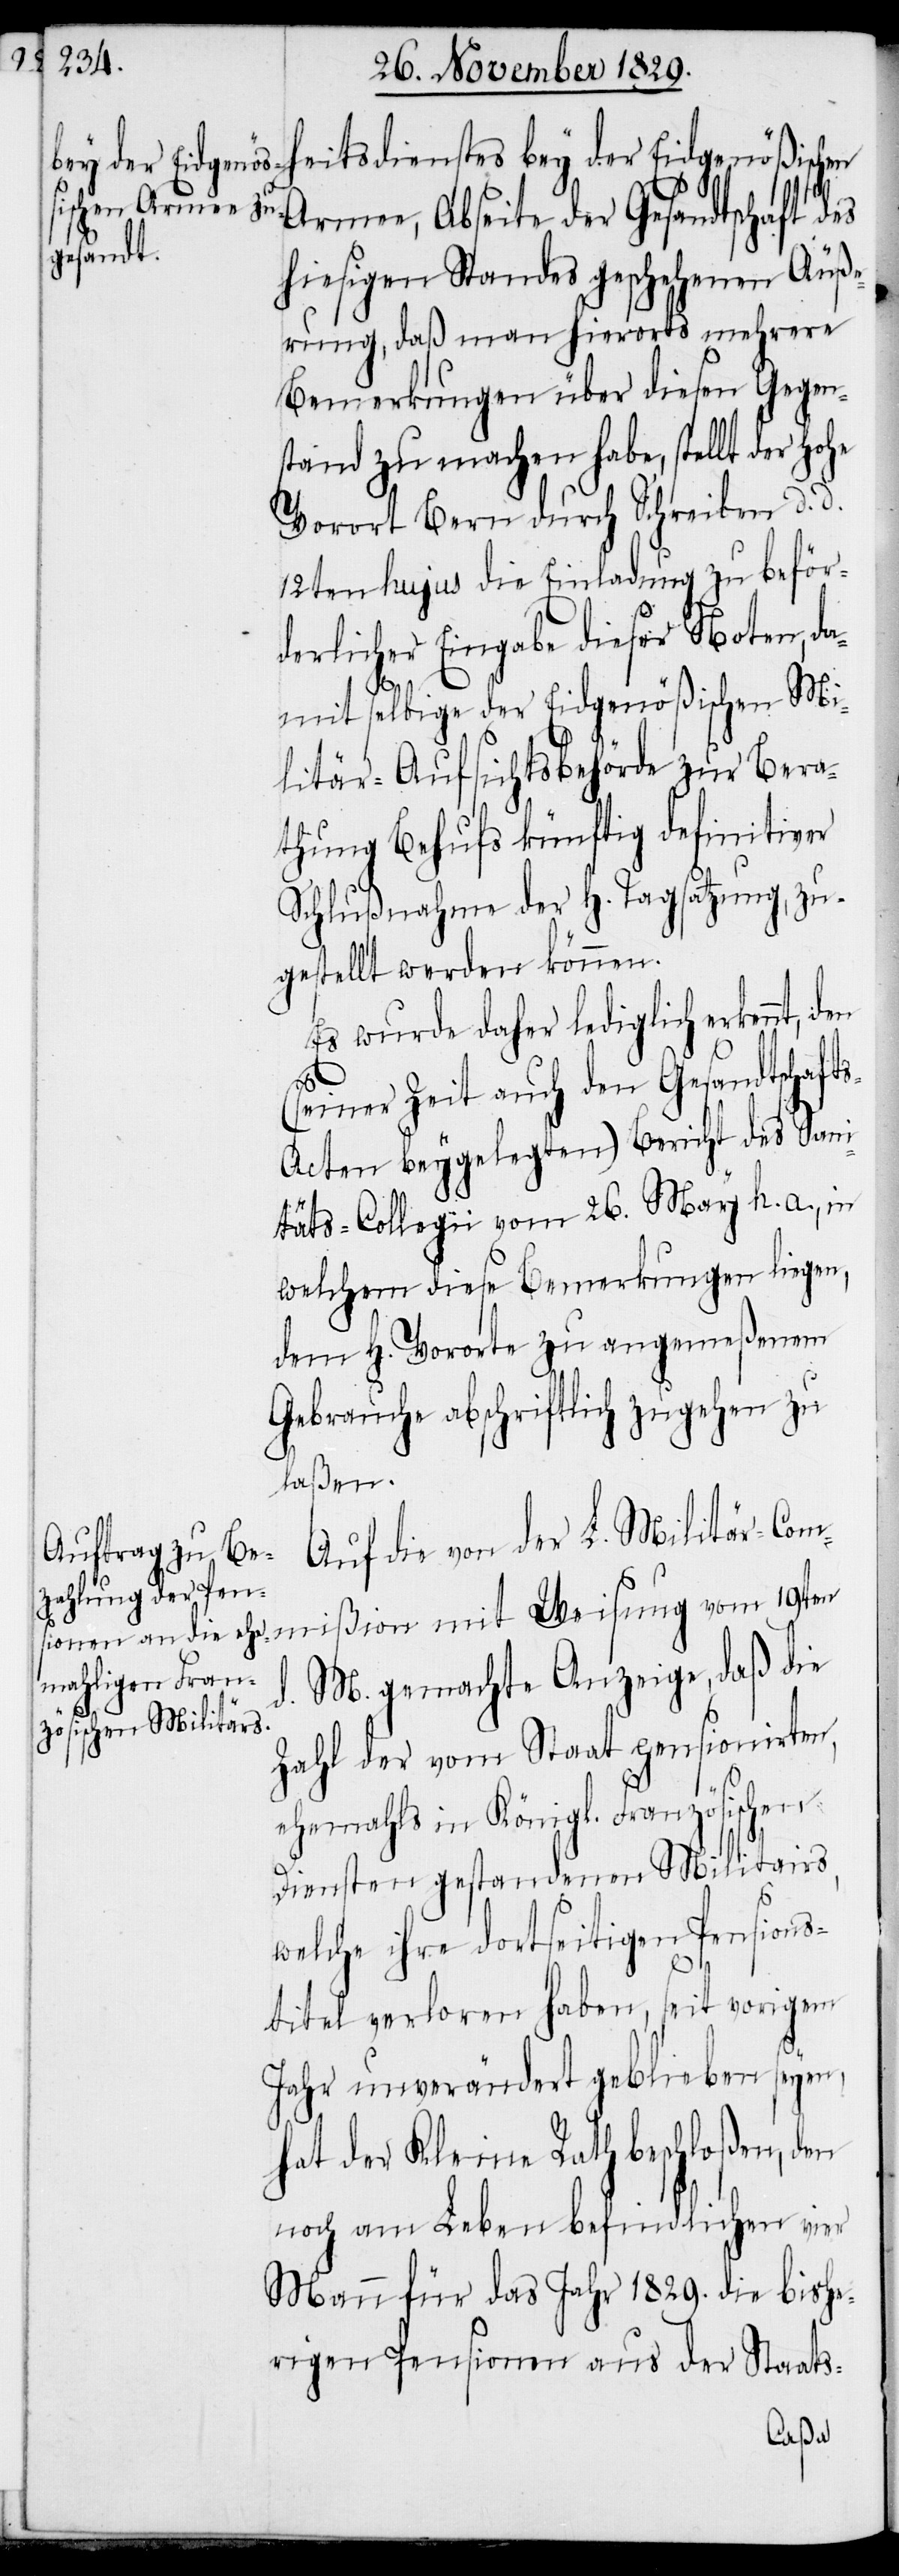
heitsdienstes bey der Eidgenößischen
Armee, Abseite der Gesandtschaft des
hiesigen Standes geschehenen Äuße¬
rung, daß man hierorts mehrere
Bemerkungen über diesen Gegen¬
sand zu machen habe, stellt der
Vorort Bern durch Schreiben d. d.
12ten hujus die Einladung dieser
damit selbige der Eidgenößischen Mi¬
litär-Aufsichtsbehörde zur Bera¬
thung Behufs künftig definitiver
Schlußnahme der H. Tagsatzung, zu¬
gestellt werden können.
Es wurde daher lediglich erkennt,
(seiner Zeit auch den Gesandtschaft¬
s-Acten beygelegten) Bericht des San¬
itäts-Collegii vom 26. May h. a., in
welchem diese Bemerkungen liegen,
dem H. Vororte zu angemeßenem
Gebrauche abschriftlich zugehen zu
laßen.
Auf die von der L. Militär-Com¬
d. M. gemachte Anzeige, daß die
Zahl der vom Staat pensionierten,
ehemahls in Königl. Französischen
Diensten gestandenen Militairs,
welche ihre dortseitigen Pensions¬
titel verloren haben, seit vorigem
Jahr unverändert geblieben seyen,
hat der Kleine Rath beschloßen, den
noch am Leben befindlichen vier
Mann für das Jahr 1829. die bishe¬
rigen Pensionen aus der Staats-
mißion